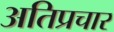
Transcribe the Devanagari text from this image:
अतिप्रचार